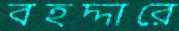
বহদ্দারে